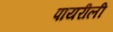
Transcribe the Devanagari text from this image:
पायरीली